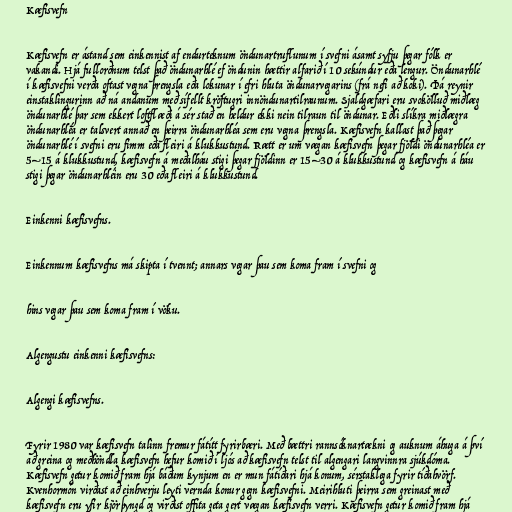
Kæfisvefn

Kæfisvefn er ástand sem einkennist af endurteknum öndunartruflunum í svefni ásamt syfju þegar fólk er
vakandi. Hjá fullorðnum telst það öndunarhlé ef öndunin hættir alfarið í 10 sekúndur eða lengur. Öndunarhlé
í kæfisvefni verða oftast vegna þrengsla eða lokunar í efri hluta öndunarvegarins (frá nefi að koki). Þá reynir
einstaklingurinn að ná andanum með sífellt kröftugri innöndunartilraunum. Sjaldgæfari eru svokölluð miðlæg
öndunarhlé þar sem ekkert loftflæði á sér stað en heldur ekki nein tilraun til öndunar. Eðli slíkra miðlægra
öndunarhléa er talsvert annað en þeirra öndunarhléa sem eru vegna þrengsla. Kæfisvefn kallast það þegar
öndunarhlé í svefni eru fimm eða fleiri á klukkustund. Rætt er um vægan kæfisvefn þegar fjöldi öndunarhléa er
5–15 á klukkustund, kæfisvefn á meðalháu stigi þegar fjöldinn er 15–30 á klukkustund og kæfisvefn á háu
stigi þegar öndunarhléin eru 30 eða fleiri á klukkustund.

Einkenni kæfisvefns.

Einkennum kæfisvefns má skipta í tvennt; annars vegar þau sem koma fram í svefni og

hins vegar þau sem koma fram í vöku.

Algengustu einkenni kæfisvefns:

Algengi kæfisvefns.

Fyrir 1980 var kæfisvefn talinn fremur fátítt fyrirbæri. Með bættri rannsóknartækni og auknum áhuga á því
að greina og meðhöndla kæfisvefn hefur komið í ljós að kæfisvefn telst til algengari langvinnra sjúkdóma.
Kæfisvefn getur komið fram hjá báðum kynjum en er mun fátíðari hjá konum, sérstaklega fyrir tíðahvörf.
Kvenhormón virðast að einhverju leyti vernda konur gegn kæfisvefni. Meirihluti þeirra sem greinast með
kæfisvefn eru yfir kjörþyngd og virðist offita geta gert vægan kæfisvefn verri. Kæfisvefn getur komið fram hjá